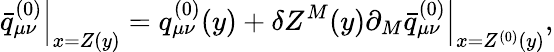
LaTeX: \left.\bar{q}_{\mu\nu}^{(0)}\right|_{x=Z(y)}=q_{\mu\nu}^{(0)}(y)+\delta Z^{M}(y)\left.\partial_{M}\bar{q}_{\mu\nu}^{(0)}\right|_{x=Z^{(0)}(y)},